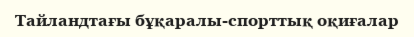
Тайландтағы бұқаралы-спорттық оқиғалар